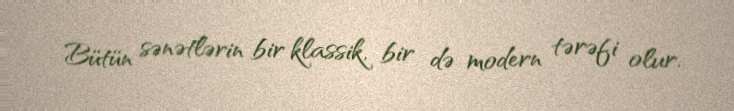
Bütün sənətlərin bir klassik, bir də modern tərəfi olur.